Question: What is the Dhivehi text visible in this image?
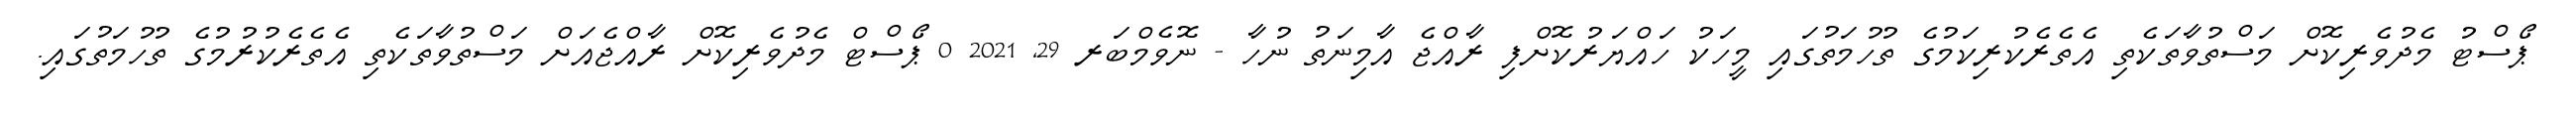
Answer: ޕޯސްޓު މެދުވެރިކޮށް މަސްތުވާތަކެތި އެތެރެކުރިކަމުގެ ތުހުމަތުގައި މީހަކު ހައްޔަރުކޮށްފި ރާއްޖެ އާމިނަތު ނުހާ - ނޮވެމްބަރ 29, 2021 0 ޕޯސްޓް މެދުވެރިކޮށް ރާއްޖެއަށް މަސްތުވާތަކެތި އެތެރެކުރުމުގެ ތުހުމަތުގައި.